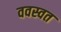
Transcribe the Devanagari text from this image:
ववस्वत